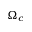
\Omega _ { c }